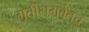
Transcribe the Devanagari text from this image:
मूर्तीसमवेतच